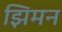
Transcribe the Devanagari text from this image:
झिमन